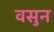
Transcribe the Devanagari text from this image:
वसुन